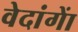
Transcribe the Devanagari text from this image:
वेदांगाें